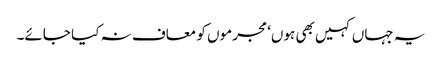
یہ جہاں کہیں بھی ہوں‘ مجرموں کو معاف نہ کیا جائے۔